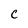
Character: C